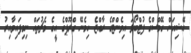
އޭޝިއަން ގޭމްސްގެ ފުޓްބޯޅަ އިވެންޓްގެ ރާއްޖެ ހިމެނޭ ގްރޫޕްގެ އީގެ މެޗުތައް ނިމިފައިވާއިރު